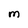
Character: M